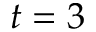
t = 3